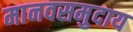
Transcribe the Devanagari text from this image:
मानवसमुदाय